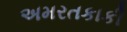
અમરતકાકી